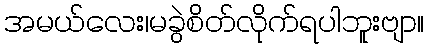
အမယ်လေး၊မခွဲစိတ်လိုက်ရပါဘူးဗျာ။